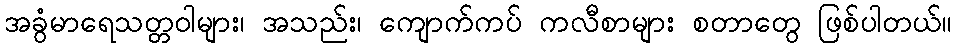
အခွံမာရေသတ္တဝါများ၊ အသည်း၊ ကျောက်ကပ် ကလီစာများ စတာတွေ ဖြစ်ပါတယ်။